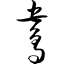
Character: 鸯